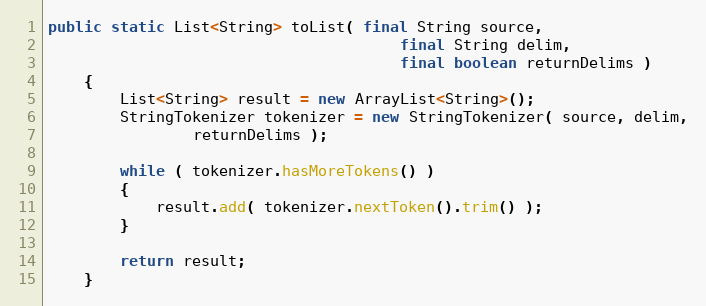
Language: Java
public static List<String> toList( final String source,
                                       final String delim,
                                       final boolean returnDelims )
    {
        List<String> result = new ArrayList<String>();
        StringTokenizer tokenizer = new StringTokenizer( source, delim,
                returnDelims );

        while ( tokenizer.hasMoreTokens() )
        {
            result.add( tokenizer.nextToken().trim() );
        }

        return result;
    }